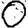
Digit: 0